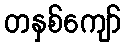
တနှစ်ကျော်